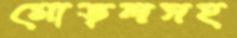
মোড়লসহ